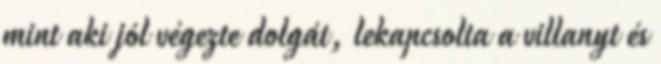
mint aki jól végezte dolgát, lekapcsolta a villanyt és